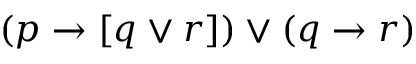
( p \to [ q \lor r ] ) \lor ( q \to r )